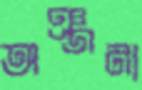
অঞ্জনা